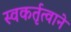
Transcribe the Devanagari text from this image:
स्वकर्तृत्वाने